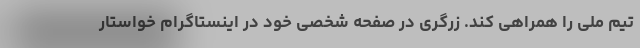
تیم ملی را همراهی کند. زرگری در صفحه شخصی خود در اینستاگرام خواستار